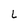
Character: L